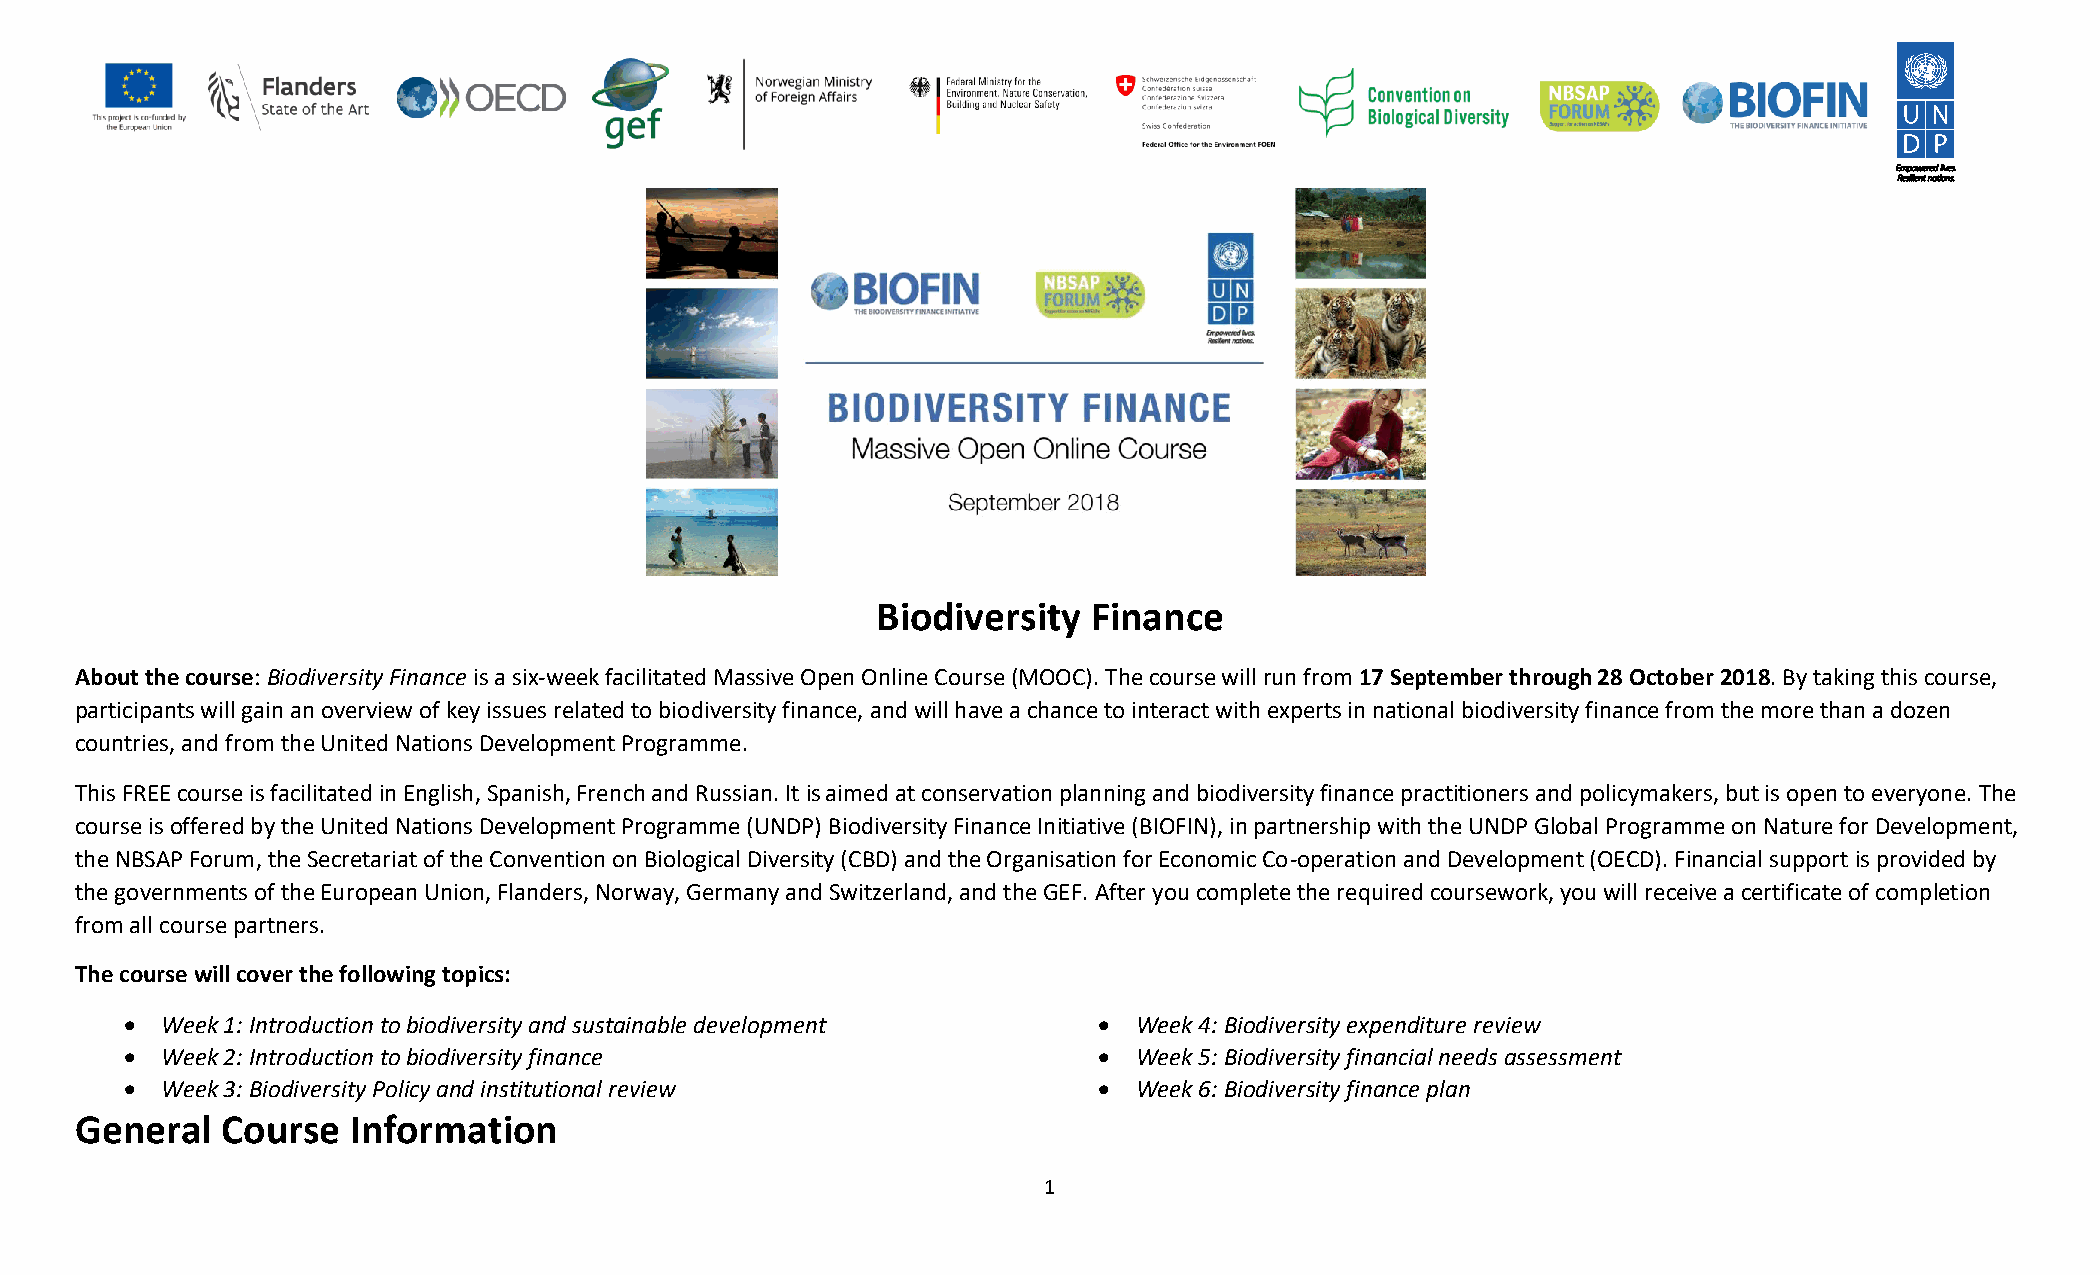
Biodiversity  Finance
 About the course: Biodiversity Finance is a six-week facilitated Massive Open Online Course (MOOC). The course will run from 17 September through 28 October 2018. By taking this course,
 participants will gain an overview of key issues related to biodiversity finance, and will have a chance to interact with experts in national biodiversity finance from the more than a dozen
 countries, and from the United Nations Development Programme.
 This FREE course is facilitated in English, Spanish, French and Russian. It is aimed at conservation planning and biodiversity finance practitioners and policymakers, but is open to everyone. The
 course is offered by the United Nations Development Programme (UNDP) Biodiversity Finance Initiative (BIOFIN), in partnership with the UNDP Global Programme on Nature for Development,
 the NBSAP Forum, the Secretariat of the Convention on Biological Diversity (CBD) and the Organisation for Economic Co-operation and Development (OECD). Financial support is provided by
 the governments of the European Union, Flanders, Norway, Germany and Switzerland, and the GEF. After you complete the required coursework, you will receive a certificate of completion
 from all course partners.
 The course will cover the following topics:
 •  Week 1: Introduction to biodiversity and sustainable development • Week 4: Biodiversity expenditure review
 •  Week 2: Introduction to biodiversity finance                  • Week 5: Biodiversity financial needs assessment
 •  Week 3: Biodiversity Policy and institutional review          • Week 6: Biodiversity finance plan
 General   Course  Information
 1